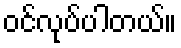
ဝင်လုပ်ပါတယ်။